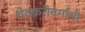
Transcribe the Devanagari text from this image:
शेतकरीवर्गाची